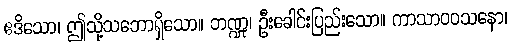
ဧဒိသော၊ ဤသို့သဘောရှိသော။ ဘဏ္ဍု၊ ဦးခေါင်းပြည်းသော။ ကာသာဝဝသနော၊